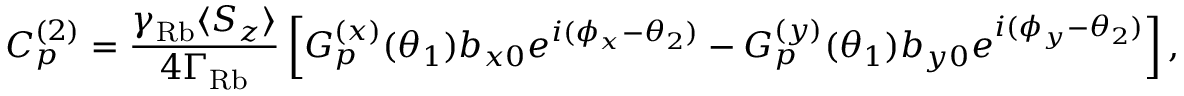
C _ { p } ^ { ( 2 ) } = \frac { \gamma _ { \mathrm { R b } } \langle S _ { z } \rangle } { 4 \Gamma _ { \mathrm { R b } } } \left[ G _ { p } ^ { ( x ) } ( \theta _ { 1 } ) b _ { x 0 } e ^ { i ( \phi _ { x } - \theta _ { 2 } ) } - G _ { p } ^ { ( y ) } ( \theta _ { 1 } ) b _ { y 0 } e ^ { i ( \phi _ { y } - \theta _ { 2 } ) } \right] ,